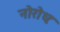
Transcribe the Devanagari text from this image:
नोरोधः